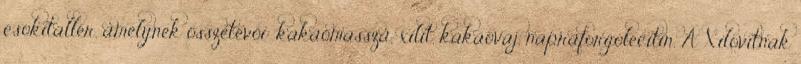
csokitallér, amelynek összetevői: kakaómassza, xilit, kakaóvaj, napraforgólecitin. A Xilovitnak